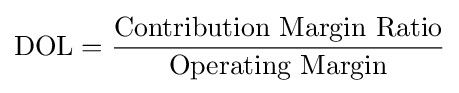
{\text{DOL}}={\frac {\text{Contribution Margin Ratio}}{\text{Operating Margin}}}